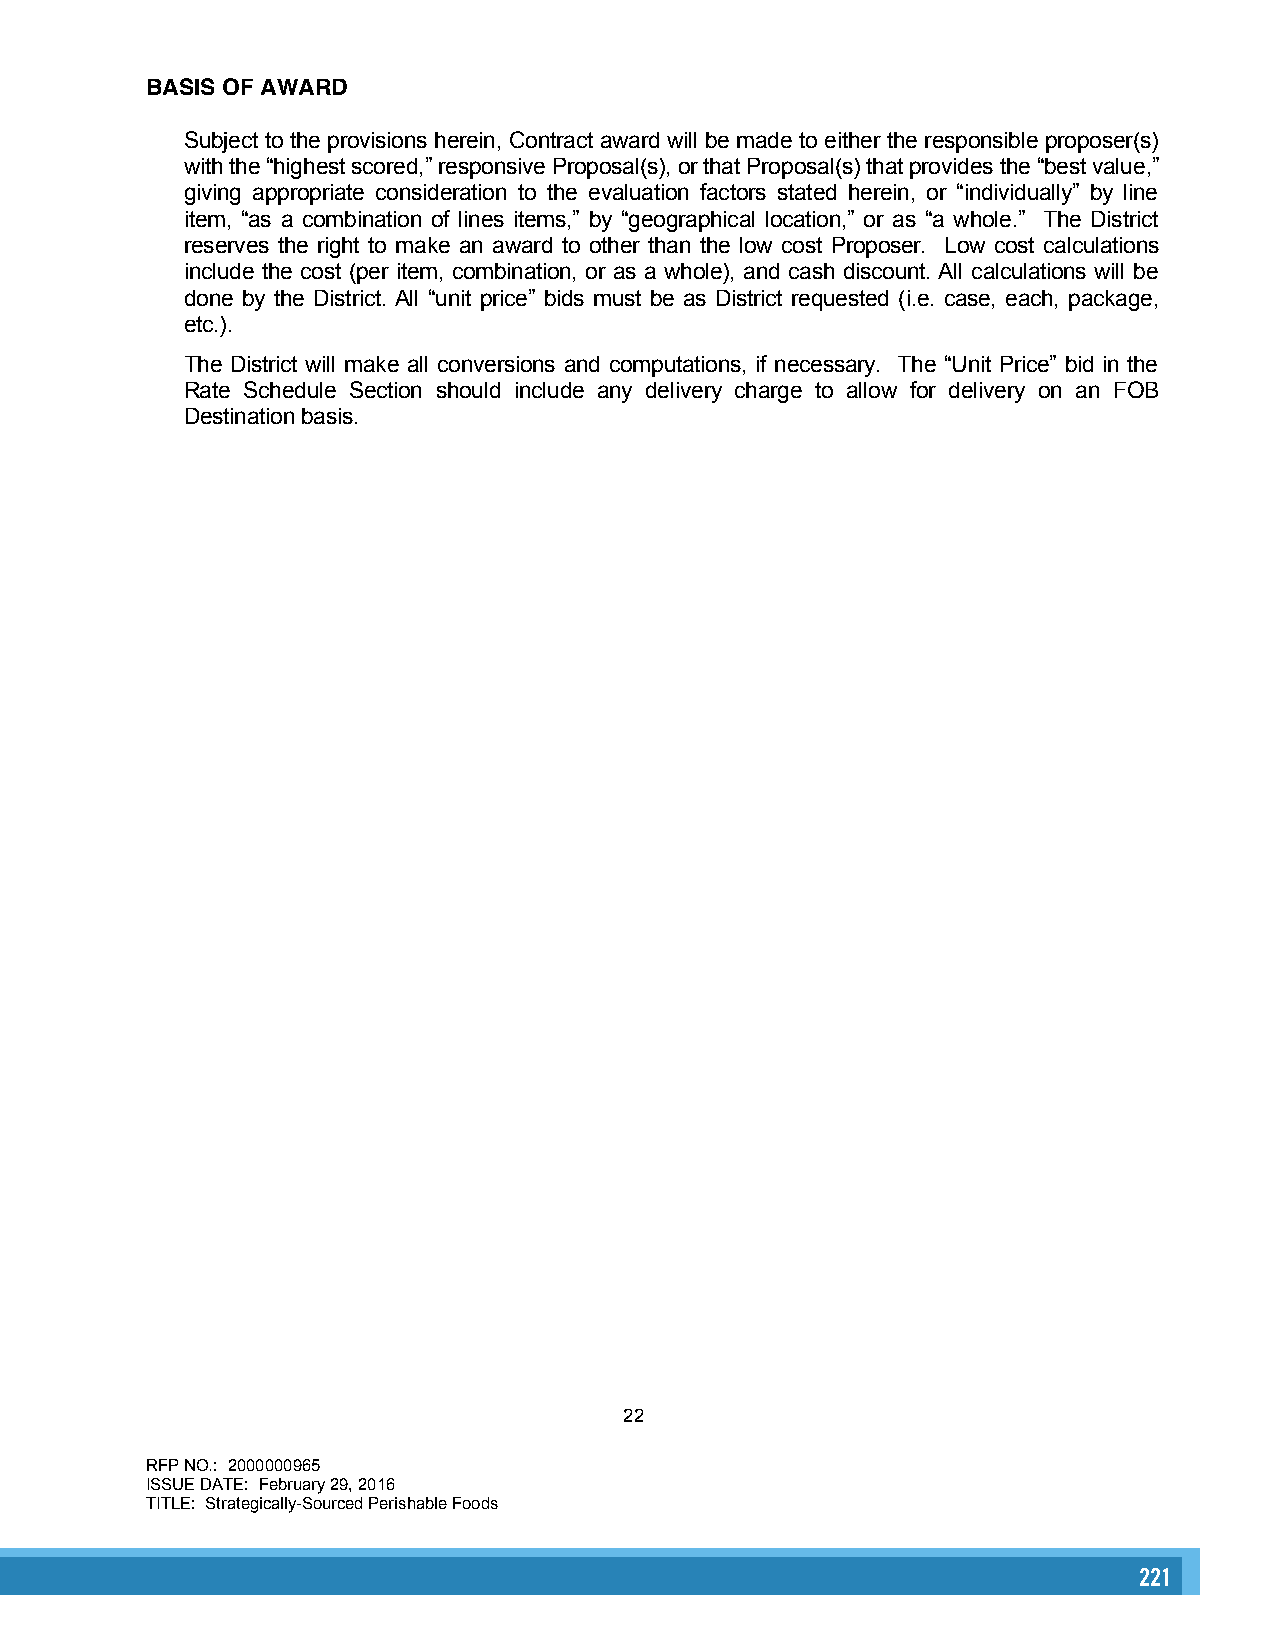
BASIS OF AWARD
 Subject to the provisions herein, Contract award will be made to either the responsible proposer(s)
 with the “highest scored,” responsive Proposal(s), or that Proposal(s) that provides the “best value,”
 giving appropriate consideration to the evaluation factors stated herein, or “individually” by line
 item, “as a combination of lines items,” by “geographical location,” or as “a whole.” The District
 reserves the right to make an award to other than the low cost Proposer. Low cost calculations
 include the cost (per item, combination, or as a whole), and cash discount. All calculations will be
 done by the District. All “unit price” bids must be as District requested (i.e. case, each, package,
 etc.).
 The District will make all conversions and computations, if necessary. The “Unit Price” bid in the
 Rate Schedule Section should include any delivery charge to allow for delivery on an FOB
 Destination basis.
 22
 RFP NO.: 2000000965
 ISSUE DATE: February 29, 2016
 TITLE: Strategically-Sourced Perishable Foods
 221